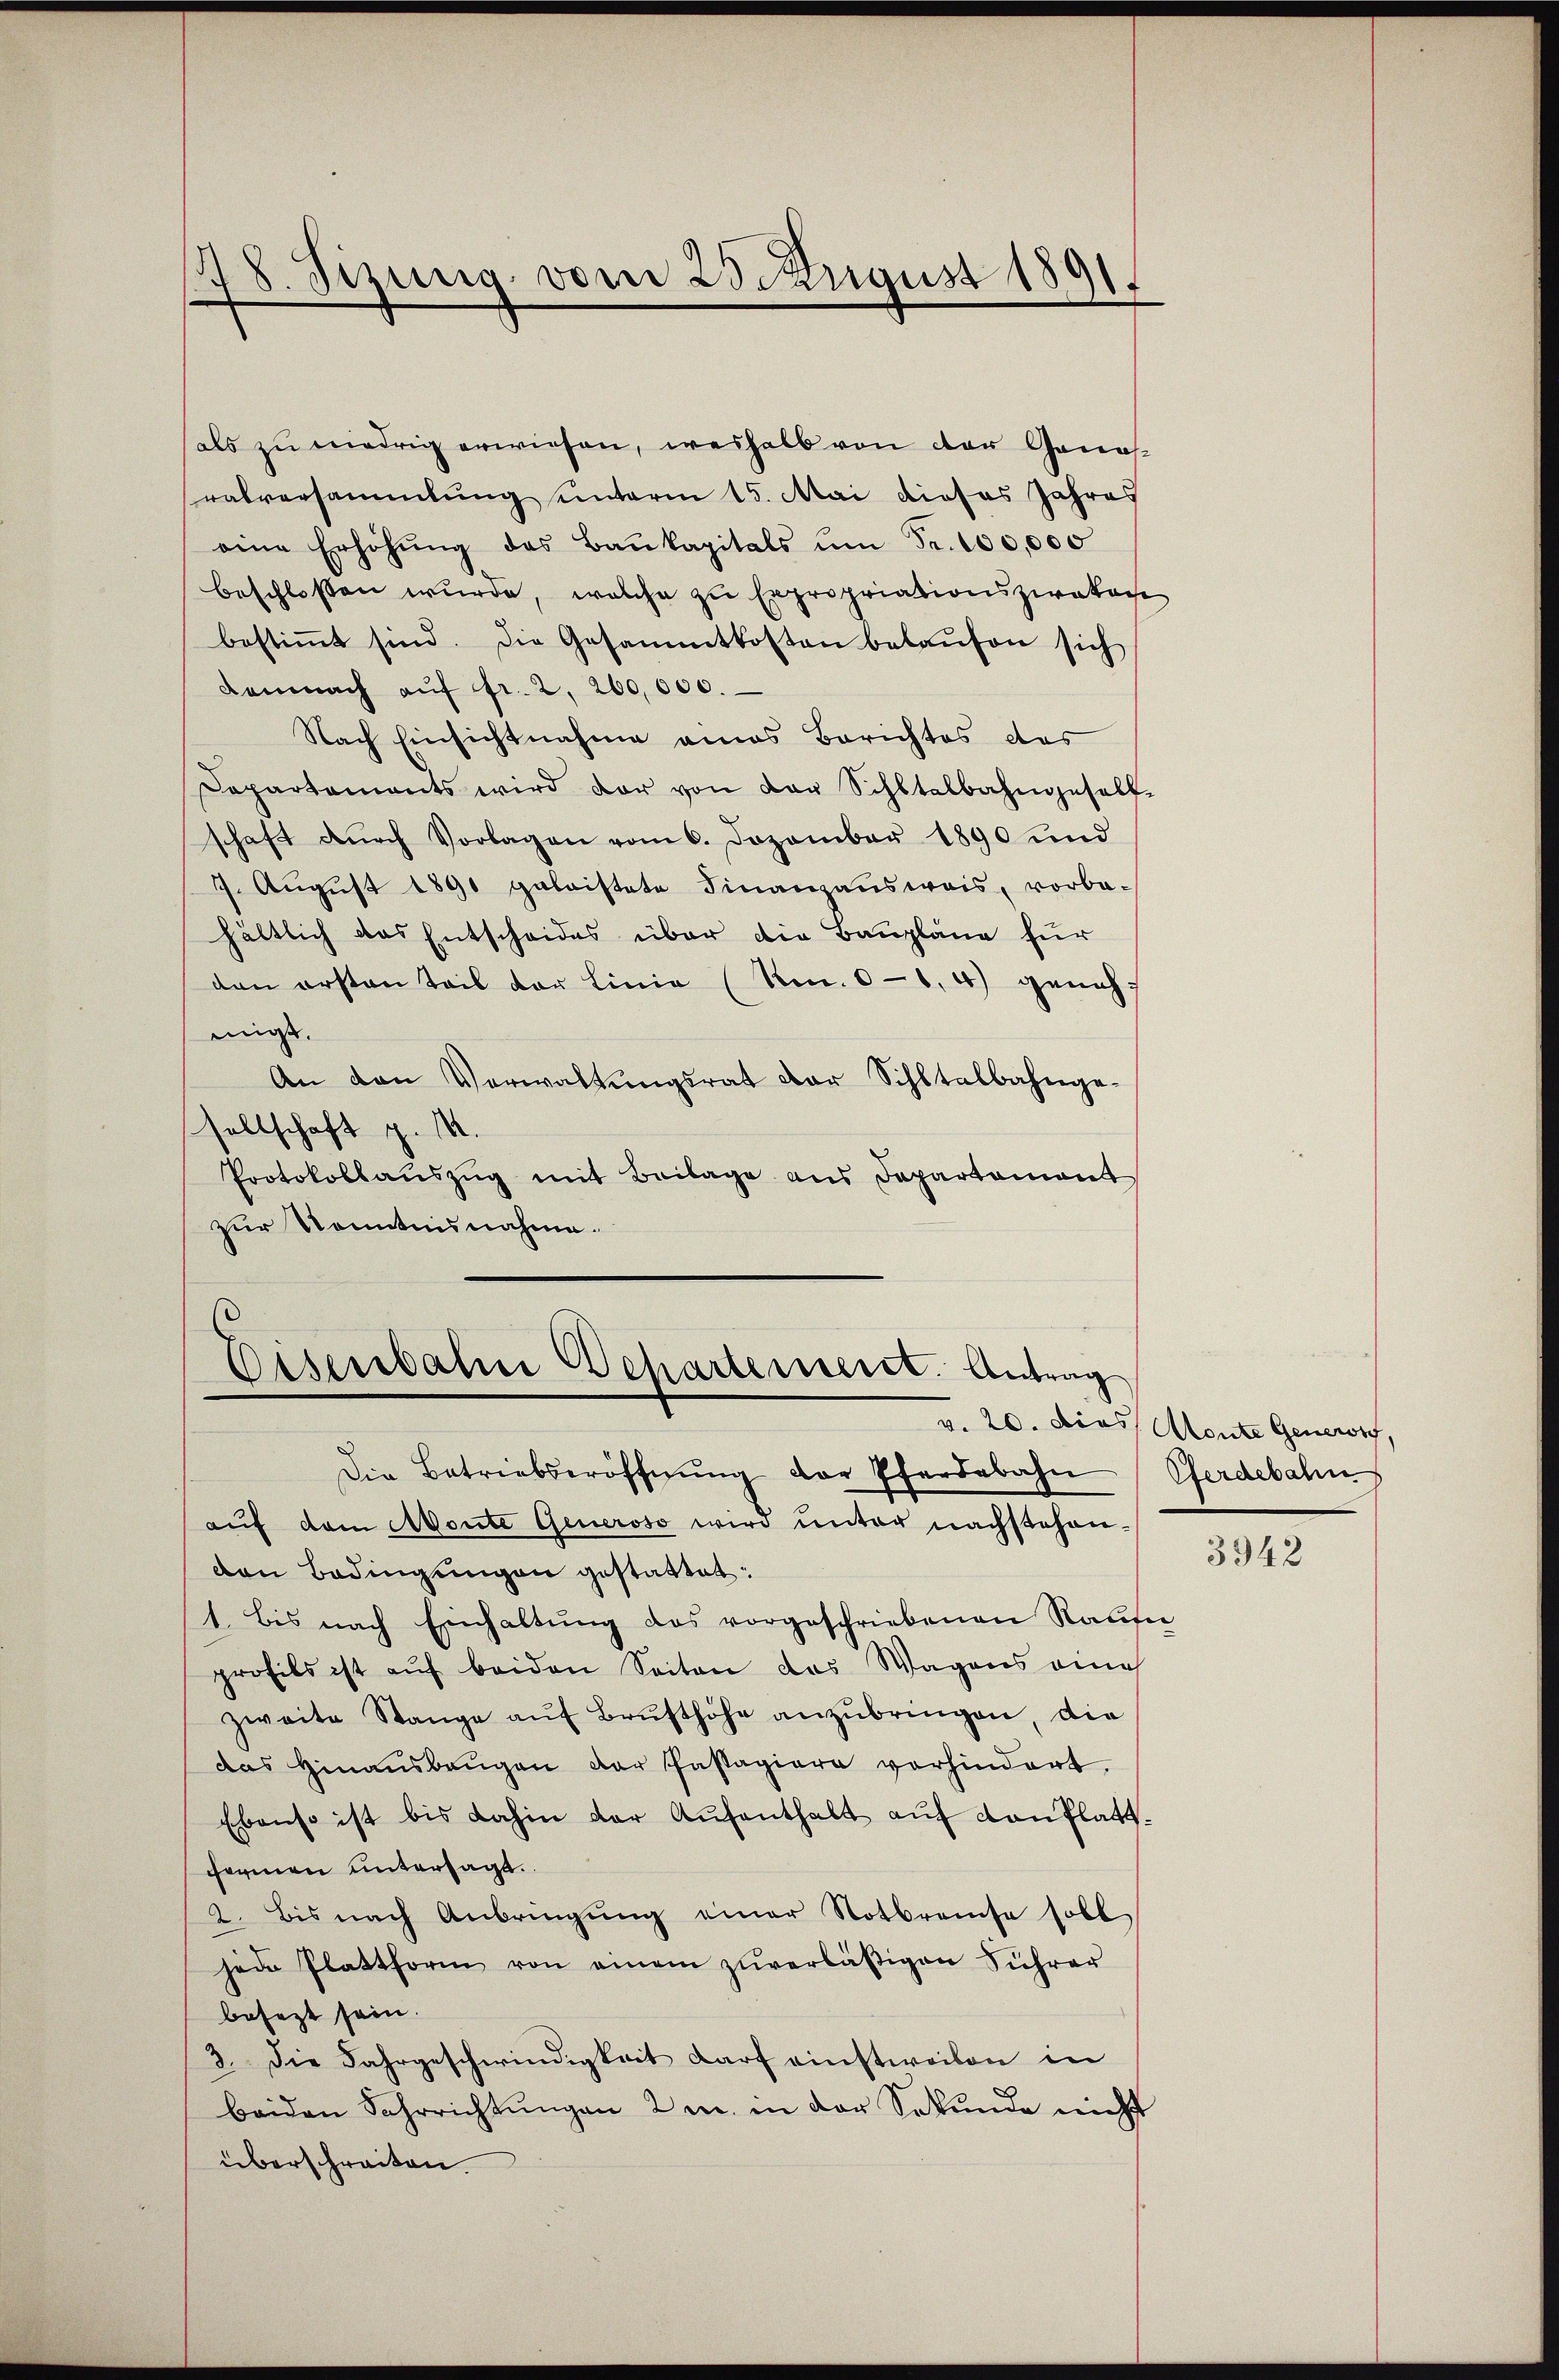
78. Sizung vom 23. August 1891.

als zu niedrig erwiesen, weshalb von der Genosratversammlung unterm 15. Mai dieses Jahres
eine Erhöhŭng des Baukapitals ŭm Fr. 100,000
beschlossen wurde, welche zu Expropriationszwakade
bestiṁt sind. Die Gesammtkosten belaŭfen sich
Demnach aŭf fr. 2, 260,000.
Nach Einsichtnahme eines Berichtes das
Departaments wird der von der Schltalbahngesell-
schaft dŭrch Vorlagen vom 6. Dezember 1890 und
7. Aŭgŭst 1890 geleistete Finanzausweis, vorbe-
hältlich das Entscheides über die Baupläne für
dan ersten Teil der Linie (Nr. 66, 4) genehmigt.
An den Verwaltŭngsrat der Schltalbahnge-
sellschaft d. M.
Protokollaŭszŭg mit Beilage aus Departement
zur Kenntnisnahme.

Eisenbahn Departement: Antrag
Die Betriebseröffnŭng der Pferdebahn (Pferdebahn

auf dem Monte Generoso wird unter nachstehenvon Bedingungen gestattet:
1. bis nach Einhaltŭng das vorgeschriebenen Raŭfer
profils ist auf beiden Seiten das Wagens eine
zweite Stange aŭf Brusthöhe anzŭbringen, die
das hinaŭsbaŭgen der Passagiere vorhindert.
Ebenso ist bis dahin der Aufenthalt auf Konflattcharinen untersagt.
2. Bis nach Anbringŭng einer Notbreise soll
jede Plattform von einem zŭverläβigen Sihrer
besezt sein.
3. Die Fahrgeschwindigkeit darf einstweilen in
beiden Sahrrichtungen 2 u. in der Sekunde nicht
überschreiten.

v. 20. dies Monte Gener,

3942